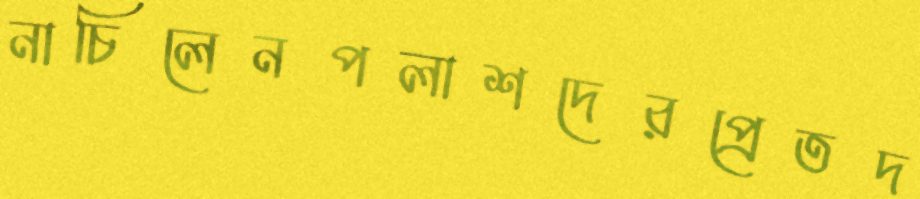
নাচিলেনপলাশদেরপ্রেতদ